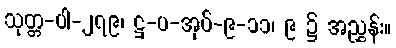
သုတ္တ-ပါ-၂၇၉၊ ဋ္ဌ-ပ-အုပ်-၉-၁၁၊ ၉ ၌ အညွှန်း။